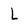
Character: L